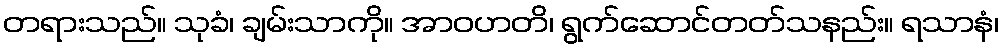
တရားသည်။ သုခံ၊ ချမ်းသာကို။ အာဝဟတိ၊ ရွက်ဆောင်တတ်သနည်း။ ရသာနံ၊